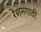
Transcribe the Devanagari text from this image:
रेशमगाठी